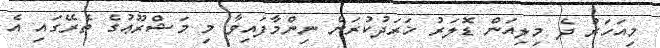
މިއަހަރު ދެ މިލިއަން ޑޮލަރު ޚަރަދުކުރަން ނިންމާފައިވާ މި މަޝްރޫޢުގެ ތެރޭގައި އެ